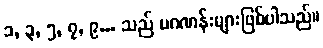
၁, ၃, ၅, ၇, ၉... သည် မဂဏန်းများဖြစ်ပါသည်။